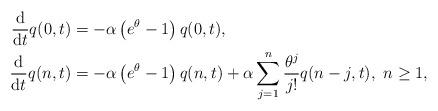
LaTeX: \begin{align*}\begin{aligned}\frac{\mathrm{d}}{\mathrm{d}t}q(0,t)&=-\alpha \left(e^{\theta}-1\right)q(0,t),\\\frac{\mathrm{d}}{\mathrm{d}t}q(n,t)&=-\alpha \left(e^{\theta}-1\right)q(n,t)+\alpha\sum_{j=1}^{n}\frac{\theta^{j}}{j!}q(n-j,t),\ n\ge 1,\end{aligned}\end{align*}